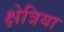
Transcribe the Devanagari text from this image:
क्षेत्रिया